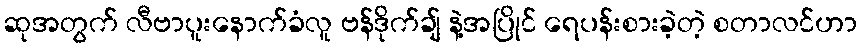
ဆုအတွက် လီဗာပူးနောက်ခံလူ ဗန်ဒိုက်ချ် နဲ့အပြိုင် ရေပန်းစားခဲ့တဲ့ စတာလင်ဟာ